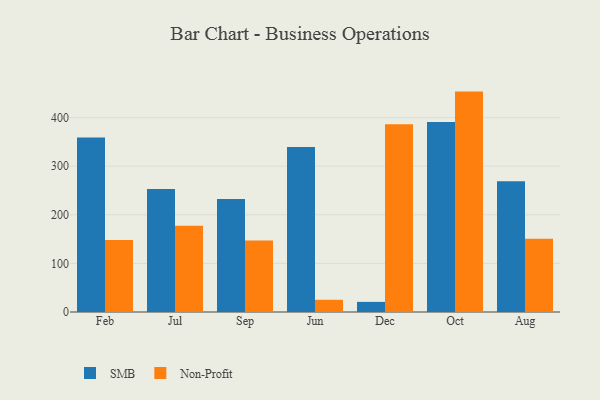
{"axis": {"x": "Month", "y": "Inventory Turnover"}, "legend": ["Non-Profit", "SMB"], "data": [{"x": "Feb", "y": 359.0, "type": "SMB"}, {"x": "Feb", "y": 148.0, "type": "Non-Profit"}, {"x": "Jul", "y": 253.3, "type": "SMB"}, {"x": "Jul", "y": 177.6, "type": "Non-Profit"}, {"x": "Sep", "y": 232.4, "type": "SMB"}, {"x": "Sep", "y": 147.1, "type": "Non-Profit"}, {"x": "Jun", "y": 339.7, "type": "SMB"}, {"x": "Jun", "y": 25.1, "type": "Non-Profit"}, {"x": "Dec", "y": 20.8, "type": "SMB"}, {"x": "Dec", "y": 386.2, "type": "Non-Profit"}, {"x": "Oct", "y": 390.9, "type": "SMB"}, {"x": "Oct", "y": 453.6, "type": "Non-Profit"}, {"x": "Aug", "y": 269.3, "type": "SMB"}, {"x": "Aug", "y": 150.7, "type": "Non-Profit"}]}